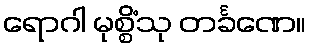
ရောဂါ မုစ္စိံသု တင်္ခဏေ။